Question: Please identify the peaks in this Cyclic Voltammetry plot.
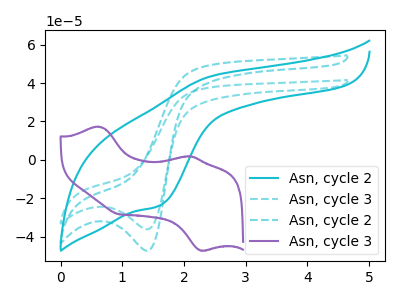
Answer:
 <answer>The cyan curve "Asn, cycle 2" has an anodic peak at (2.45V, 43.70uA) and a cathodic peak at (1.60V, -23.75uA). The cyan dashed curve "Asn, cycle 3" has a cathodic peak at: (1.40V, -36.20uA). The cyan dashed curve "Asn, cycle 2" has a cathodic peak at: (1.40V, -47.35uA). The purple curve "Asn, cycle 3" has anodic peaks at (0.60V, 17.30uA) (2.10V, 1.85uA) and cathodic peaks at (2.30V, -47.25uA) (0.95V, -28.30uA).</answer>
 <eval></eval>